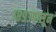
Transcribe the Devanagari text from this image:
१८९३पासून